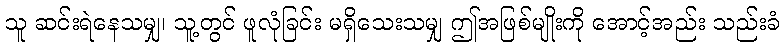
သူ ဆင်းရဲနေသမျှ၊ သူ့တွင် ဖူလုံခြင်း မရှိသေးသမျှ ဤအဖြစ်မျိုးကို အောင့်အည်း သည်းခံ